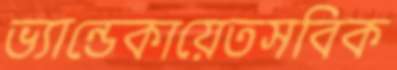
ভ্যান্ডেকায়েতসবিক